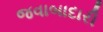
જવાબાદારી